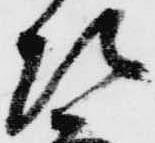
次